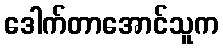
ဒေါက်တာအောင်သူက